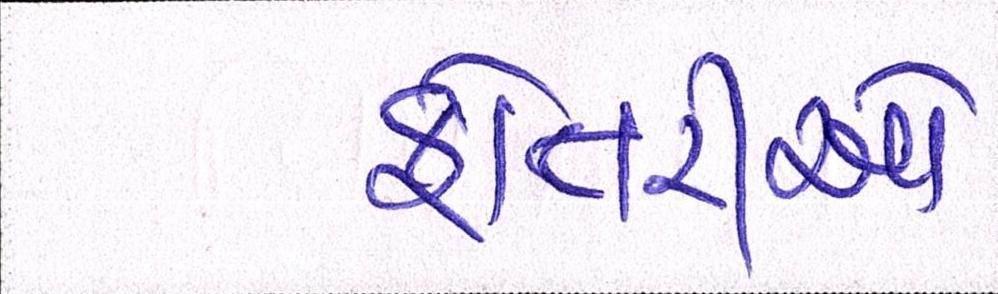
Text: ફોતરીઓ